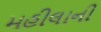
મહીલાની